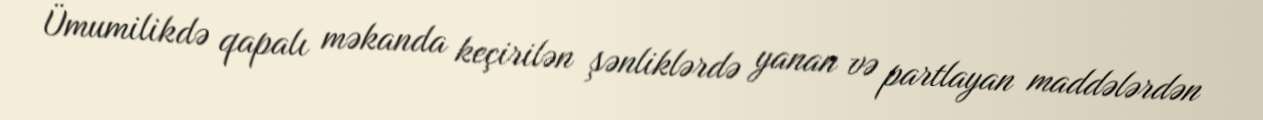
Ümumilikdə qapalı məkanda keçirilən şənliklərdə yanan və partlayan maddələrdən